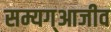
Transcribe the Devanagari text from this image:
सम्यग्आजीव